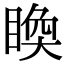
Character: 𥈉